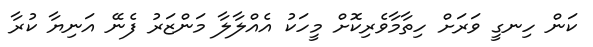
ކަން ހިނގީ ވަރަށް ހިތާމާވެރިކޮށް މީހަކު އެއްލާލާ މަންޒަރު ފެނޭ އަނިޔާ ކުރާ